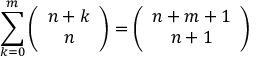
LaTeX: \sum _ { k = 0 } ^ { m } \left( { \begin{array} { c } { n + k } \\ { n } \end{array} } \right) = \left( { \begin{array} { c } { n + m + 1 } \\ { n + 1 } \end{array} } \right)